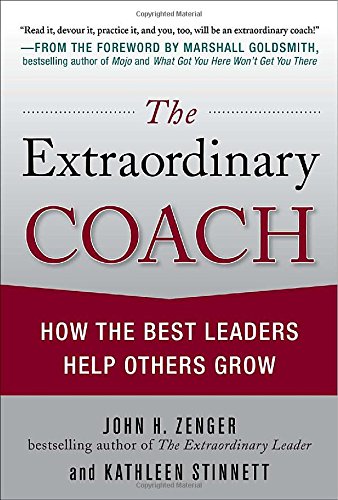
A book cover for The Extraordinary Coach: How the Best Leaders Help Others Grow; John Zenger; Business & Money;